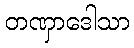
တဏှာဒေါသာ